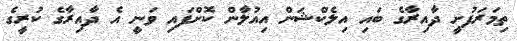
ތިމަރަފުށީ ދާއިރާގެ ބައި އިލެކްޝަން އިއުލާން ކޮށްފައި ވަނީ އެ ދާއިރާގެ ކުރީގެ